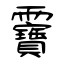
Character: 靌